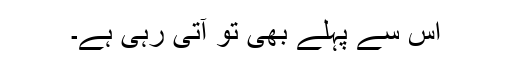
اس سے پہلے بھی تو آتی رہی ہے۔